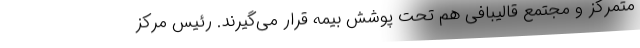
متمرکز و مجتمع قالیبافی هم تحت پوشش بیمه قرار می‌گیرند. رئیس مرکز